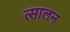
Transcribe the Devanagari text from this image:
त्सालन